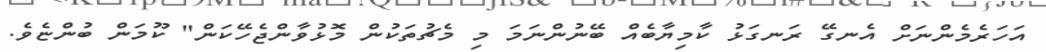
އަހަރެމެންނަށް އެނގޭ ރަނގަޅު ކާމިޔާބެއް ބޭނުންނަމަ މި މެޗުތަކުން މޮޅުވާންޖެހޭކަން" ކޫމަން ބުންޏެވެ.